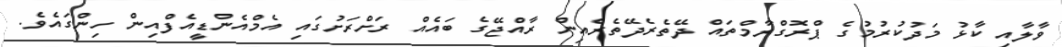
ވާލާއި ކާޅު މަދުކުރުމުގެ ޕްރޮގްރާމްތައް ދޭތެރެދޭތެރެއިން ރާއްޖޭގެ ބައެއް ރަށްރަށުގައި އެމްއެންޑީއެފްއިން ހިންގައެވެ.